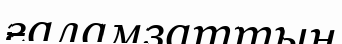
ғаламзаттың